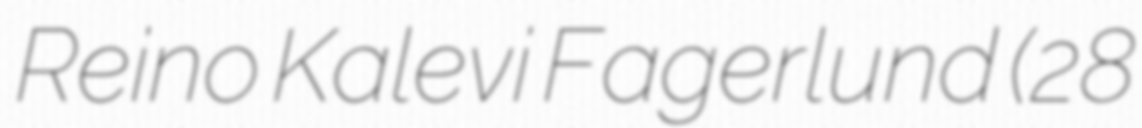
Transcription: Reino Kalevi Fagerlund (28